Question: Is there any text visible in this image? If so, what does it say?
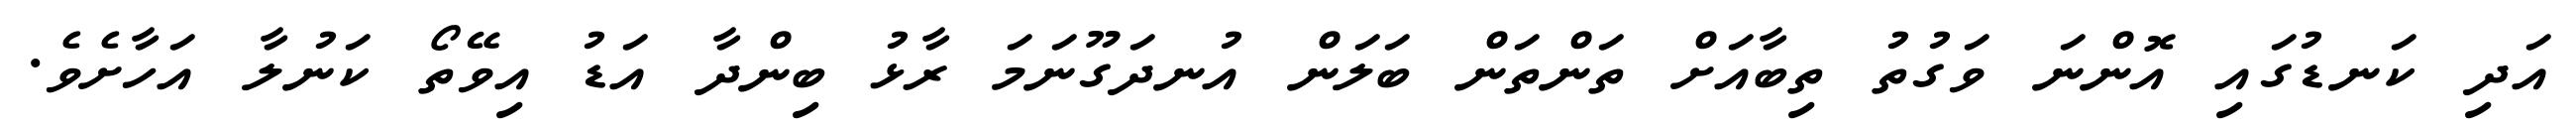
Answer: އަދި ކަނޑުގައި އޮންނަ ވަގުތު ތިބާއަށް ތަންތަން ބަލަން އުނދަގޫނަމަ ރާޅު ބިންދާ އަޑު އިވޭތޯ ކަނުލާ އަހާށެވެ.